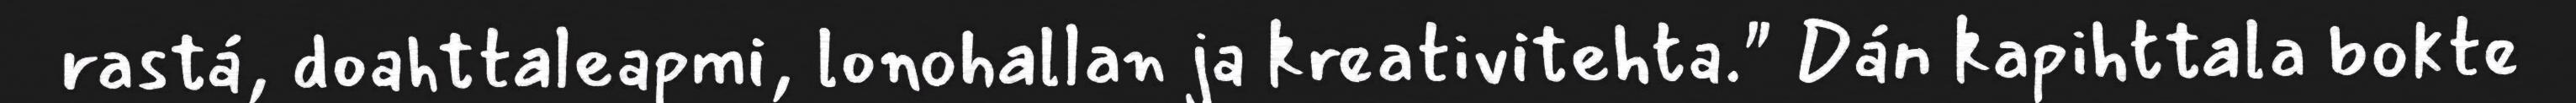
rastá, doahttaleapmi, lonohallan ja kreativitehta." Dán kapihttala bokte